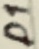
Text: D1